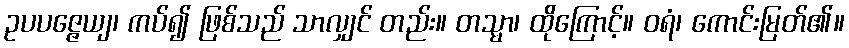
ဥပပဇ္ဇေယျ၊ ကပ်၍ ဖြစ်သည် သာလျှင် တည်း။ တသ္မာ၊ ထိုကြောင့်။ ဝရံ၊ ကောင်းမြတ်၏။